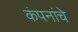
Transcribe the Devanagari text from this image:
कंपनांचे